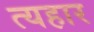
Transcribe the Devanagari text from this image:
त्यहार